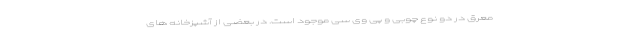
معرق در دو نوع چوبی و پی وی سی موجود است. در بعضی از آشپزخانه های